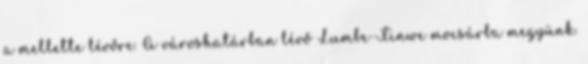
a mellette lévőre. A városhatárban lévő Lumbe-Tinwe mocsárba megyünk.